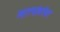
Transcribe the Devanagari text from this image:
खात्यांबरोबर